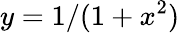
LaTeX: y=1/(1+x^{2})